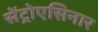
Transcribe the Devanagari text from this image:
सेंट्रोएसिनार